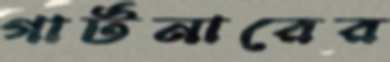
গার্টনারের